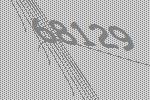
68129